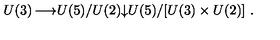
\begin{matrix} { U ( 3 ) } & { \longrightarrow } & { U ( 5 ) / U ( 2 ) } \\ { } & { } & { \downarrow } \\ { } & { } & { U ( 5 ) / [ U ( 3 ) \times U ( 2 ) ] \ . } \\ \end{matrix}